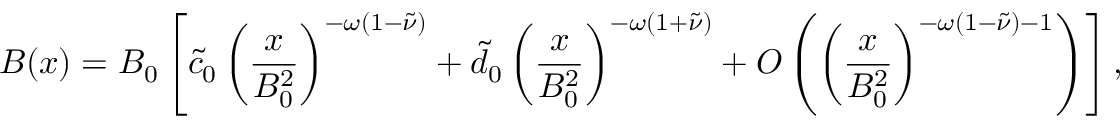
B ( x ) = B _ { 0 } \left[ \tilde { c } _ { 0 } \left( \frac { x } { B _ { 0 } ^ { 2 } } \right) ^ { - \omega ( 1 - \tilde { \nu } ) } + \tilde { d } _ { 0 } \left( \frac { x } { B _ { 0 } ^ { 2 } } \right) ^ { - \omega ( 1 + \tilde { \nu } ) } + { \cal O } \left( \left( \frac { x } { B _ { 0 } ^ { 2 } } \right) ^ { - \omega ( 1 - \tilde { \nu } ) - 1 } \right) \right] ,